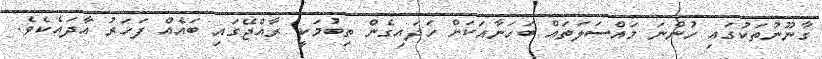
ގާނޫނުތަކުގައި ހުންނަ މައްސަލަތައް ބަހަނާއަކަށް ހަދައިގެން ތިބުމަކީ ރާއްޖޭގައި ބައެއް ފަހަރު އާދައެކެވެ.